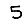
Digit: 5